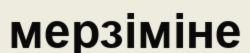
мерзіміне